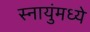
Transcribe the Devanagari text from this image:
स्नायुंमध्ये